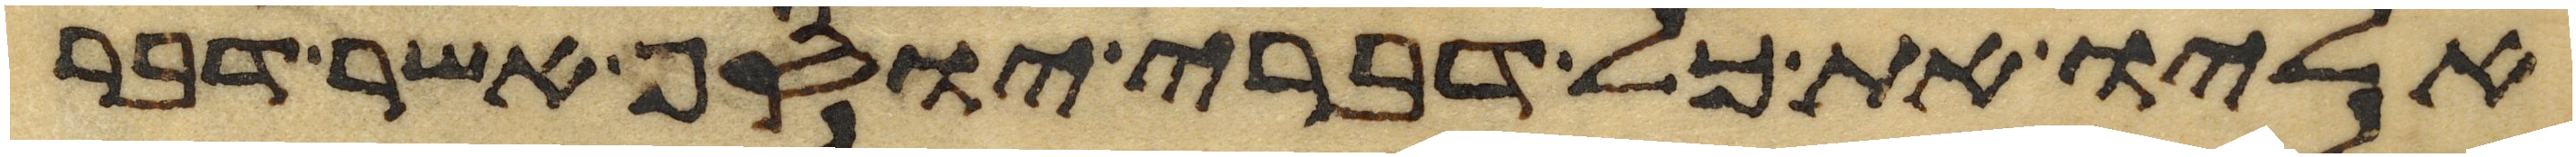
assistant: אליו את כל דברי יוסף אשר דבר